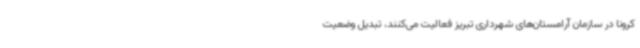
کرونا در سازمان آرامستان‌های شهرداری تبریز فعالیت می‌کنند، تبدیل وضعیت